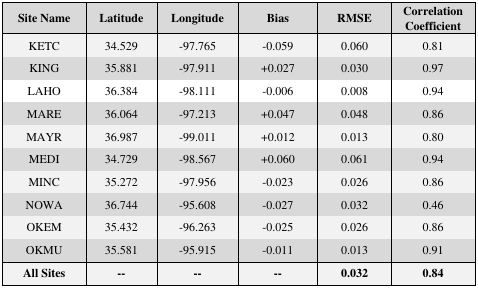
<table><thead><tr><td><b>Site Name</b></td><td><b>Latitude</b></td><td><b>Longitude</b></td><td><b>Bias</b></td><td><b>RMSE</b></td><td><b>Correlation Coefficient</b></td></tr></thead><tbody><tr><td>KETC</td><td>34.529</td><td>−97.765</td><td>−0.059</td><td>0.060</td><td>0.81</td></tr><tr><td>KING</td><td>35.881</td><td>−97.911</td><td>+0.027</td><td>0.030</td><td>0.97</td></tr><tr><td>LAHO</td><td>36.384</td><td>−98.111</td><td>−0.006</td><td>0.008</td><td>0.94</td></tr><tr><td>MARE</td><td>36.064</td><td>−97.213</td><td>+0.047</td><td>0.048</td><td>0.86</td></tr><tr><td>MAYR</td><td>36.987</td><td>−99.011</td><td>+0.012</td><td>0.013</td><td>0.80</td></tr><tr><td>MEDI</td><td>34.729</td><td>−98.567</td><td>+0.060</td><td>0.061</td><td>0.94</td></tr><tr><td>MINC</td><td>35.272</td><td>−97.956</td><td>−0.023</td><td>0.026</td><td>0.86</td></tr><tr><td>NOWA</td><td>36.744</td><td>−95.608</td><td>−0.027</td><td>0.032</td><td>0.46</td></tr><tr><td>OKEM</td><td>35.432</td><td>−96.263</td><td>−0.025</td><td>0.026</td><td>0.86</td></tr><tr><td>OKMU</td><td>35.581</td><td>−95.915</td><td>−0.011</td><td>0.013</td><td>0.91</td></tr><tr><td><b>All Sites</b></td><td>--</td><td>--</td><td>--</td><td><b>0.032</b></td><td><b>0.84</b></td></tr></tbody></table>